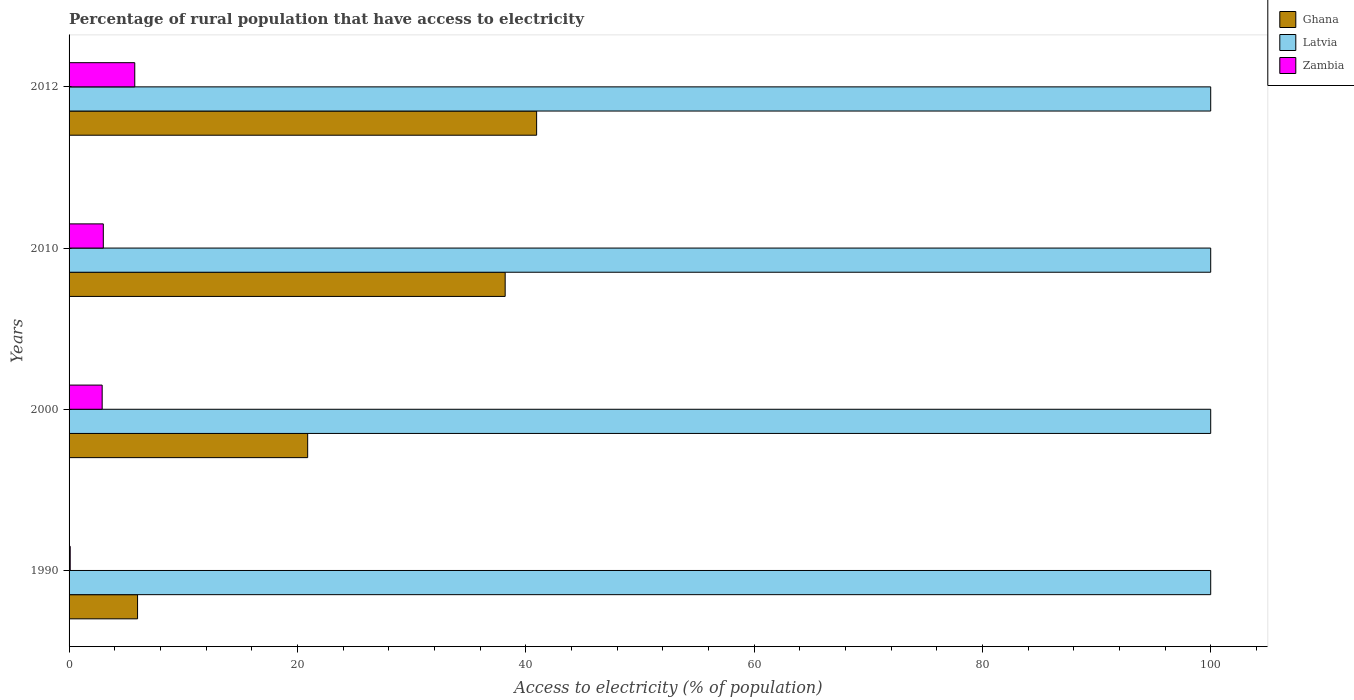
| Years | Ghana | Latvia | Zambia |
 | --- | --- | --- | --- |
 | 1990 | 6 | 100 | 0.1 |
 | 2000 | 20.9 | 100 | 2.9 |
 | 2010 | 38.2 | 100 | 3 |
 | 2012 | 41 | 100 | 5.75 |